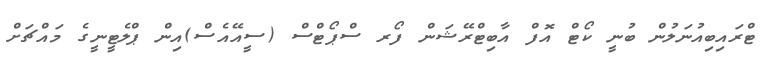
ޓްރައިބިއުނަލުން ބުނީ ކޯޓް އޮފް އާބިޓްރޭޝަން ފޯރ ސްޕޯޓްސް (ސީއޭއެސް)އިން ޕްލެޓީނީގެ މައްޗަށް